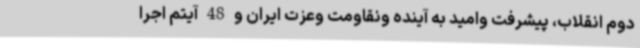
دوم انقلاب، پیشرفت وامید به آینده ونقاومت وعزت ایران و 48 آیتم اجرا